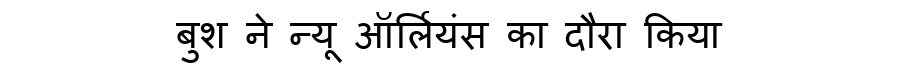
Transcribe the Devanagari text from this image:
बुश ने न्यू ऑर्लियंस का दौरा किया